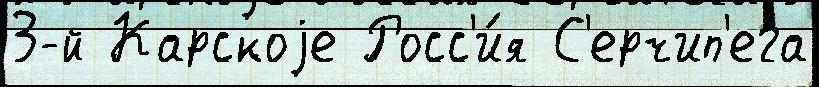
3-й Карскоjе Росс'и́я С'ерчип'ега